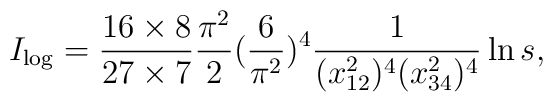
I_{\log}=\frac{16\times 8}{27\times 7}\frac{\pi^{2}}{2}(\frac{6}{\pi^{2}})^{4}\frac{1}{(x_{12}^{2})^{4}(x_{34}^{2})^{4}}\ln s,